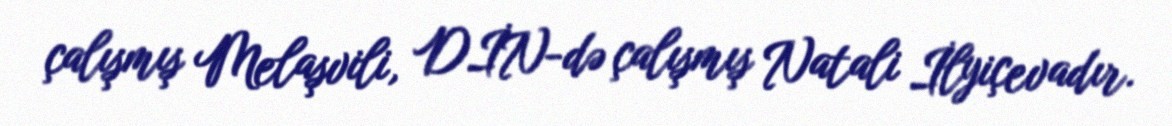
çalışmış Melaşvili, DİN-də çalışmış Natali İlyiçevadır.